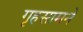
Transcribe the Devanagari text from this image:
गृहसामने